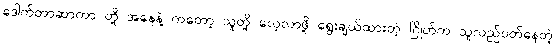
ဒေါက်တာဆာကာ တို့ အနေနဲ့ ကတော့ သူတို့ လေ့လာဖို့ ရွေးချယ်ထားတဲ့ ဂြိုဟ်က သူလည်ပတ်နေတဲ့